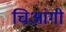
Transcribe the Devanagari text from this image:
चिआंगी